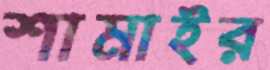
শামাইর